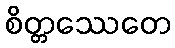
စိတ္တဿေတေ